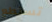
تستطع